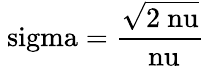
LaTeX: \mathrm{\ sigma=\frac{\sqrt{2\ nu}}{\ nu}}